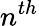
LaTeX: n^{th}